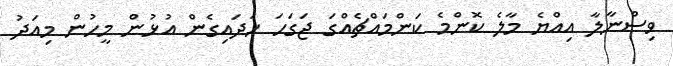
ވިސްނާލާ އިއްޔެ މާލެ ކޮންމެ ކަންމައްޗެއްގަ ޖަގަހަ ހަދައިގެން އުޅުން މީހުން މިއަދު